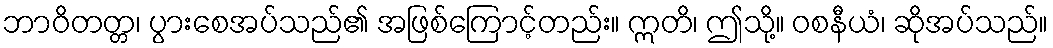
ဘာဝိတတ္တ၊ ပွားစေအပ်သည်၏ အဖြစ်ကြောင့်တည်း။ ဣတိ၊ ဤသို့။ ဝစနီယံ၊ ဆိုအပ်သည်။